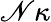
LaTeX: \mathscr{N}\kappa